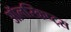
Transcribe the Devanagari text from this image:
ऑलस्क्रिप्ट्स